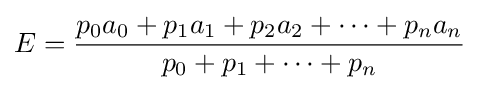
E={\frac {p_{0}a_{0}+p_{1}a_{1}+p_{2}a_{2}+\cdots +p_{n}a_{n}}{p_{0}+p_{1}+\cdots +p_{n}}}